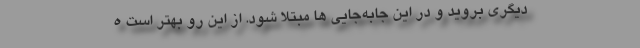
دیگری بروید و در این جابه‌جایی ها مبتلا شود. از این رو بهتر است ه